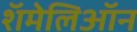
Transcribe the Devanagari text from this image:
शॅमेलिऑन